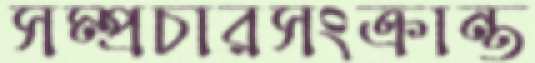
সম্প্রচারসংক্রান্ত